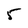
Character: 5